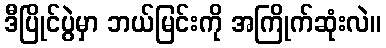
ဒီပြိုင်ပွဲမှာ ဘယ်မြင်းကို အကြိုက်ဆုံးလဲ။